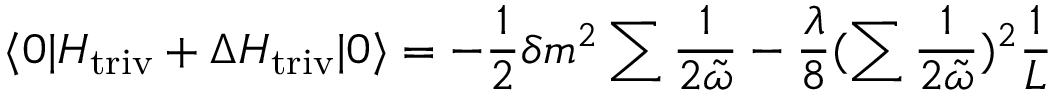
\langle 0 | H _ { \mathrm { t r i v } } + \Delta H _ { \mathrm { t r i v } } | 0 \rangle = - \frac { 1 } { 2 } \delta m ^ { 2 } \sum \frac { 1 } { 2 \tilde { \omega } } - \frac { \lambda } { 8 } ( \sum \frac { 1 } { 2 \tilde { \omega } } ) ^ { 2 } \frac { 1 } { L }